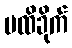
မထိခိုက်